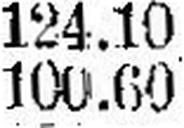
100.60